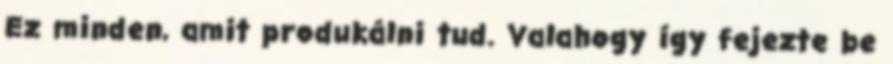
Ez minden, amit produkálni tud. Valahogy így fejezte be